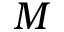
M